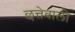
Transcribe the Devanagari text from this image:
छत्तेवाली